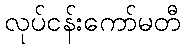
လုပ်ငန်းကော်မတီ